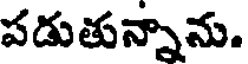
పడుతున్నాను.